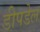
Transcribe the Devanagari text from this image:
डीपडेल